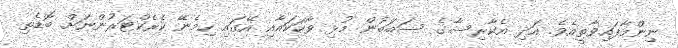
ނިންމާފައިވާތީއެވެ. އަދި އެކާރިސާގެ ސަބަބުން މުޅި ވާހަކައާއި އޭގައި ހިމެނޭ ކެރެކްޓަރުންނަށް ބޮޑެތި